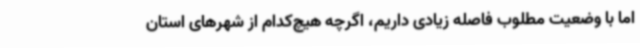
اما با وضعیت مطلوب فاصله زیادی داریم، اگرچه هیچ‌کدام از شهرهای استان